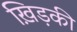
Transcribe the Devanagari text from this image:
ख़िड़की